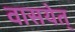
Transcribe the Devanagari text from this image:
वासयेत्